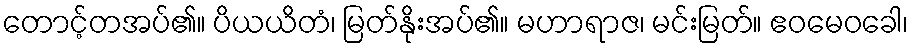
တောင့်တအပ်၏။ ပိယယိတံ၊ မြတ်နိုးအပ်၏။ မဟာရာဇ၊ မင်းမြတ်။ ဧဝမေဝခေါ၊